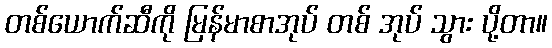
တစ်ယောက်ဆီကို မြန်မာစာအုပ် တစ် အုပ် သွား ပို့တာ။